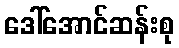
ဒေါ်အောင်ဆန်းစု